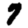
Digit: 7